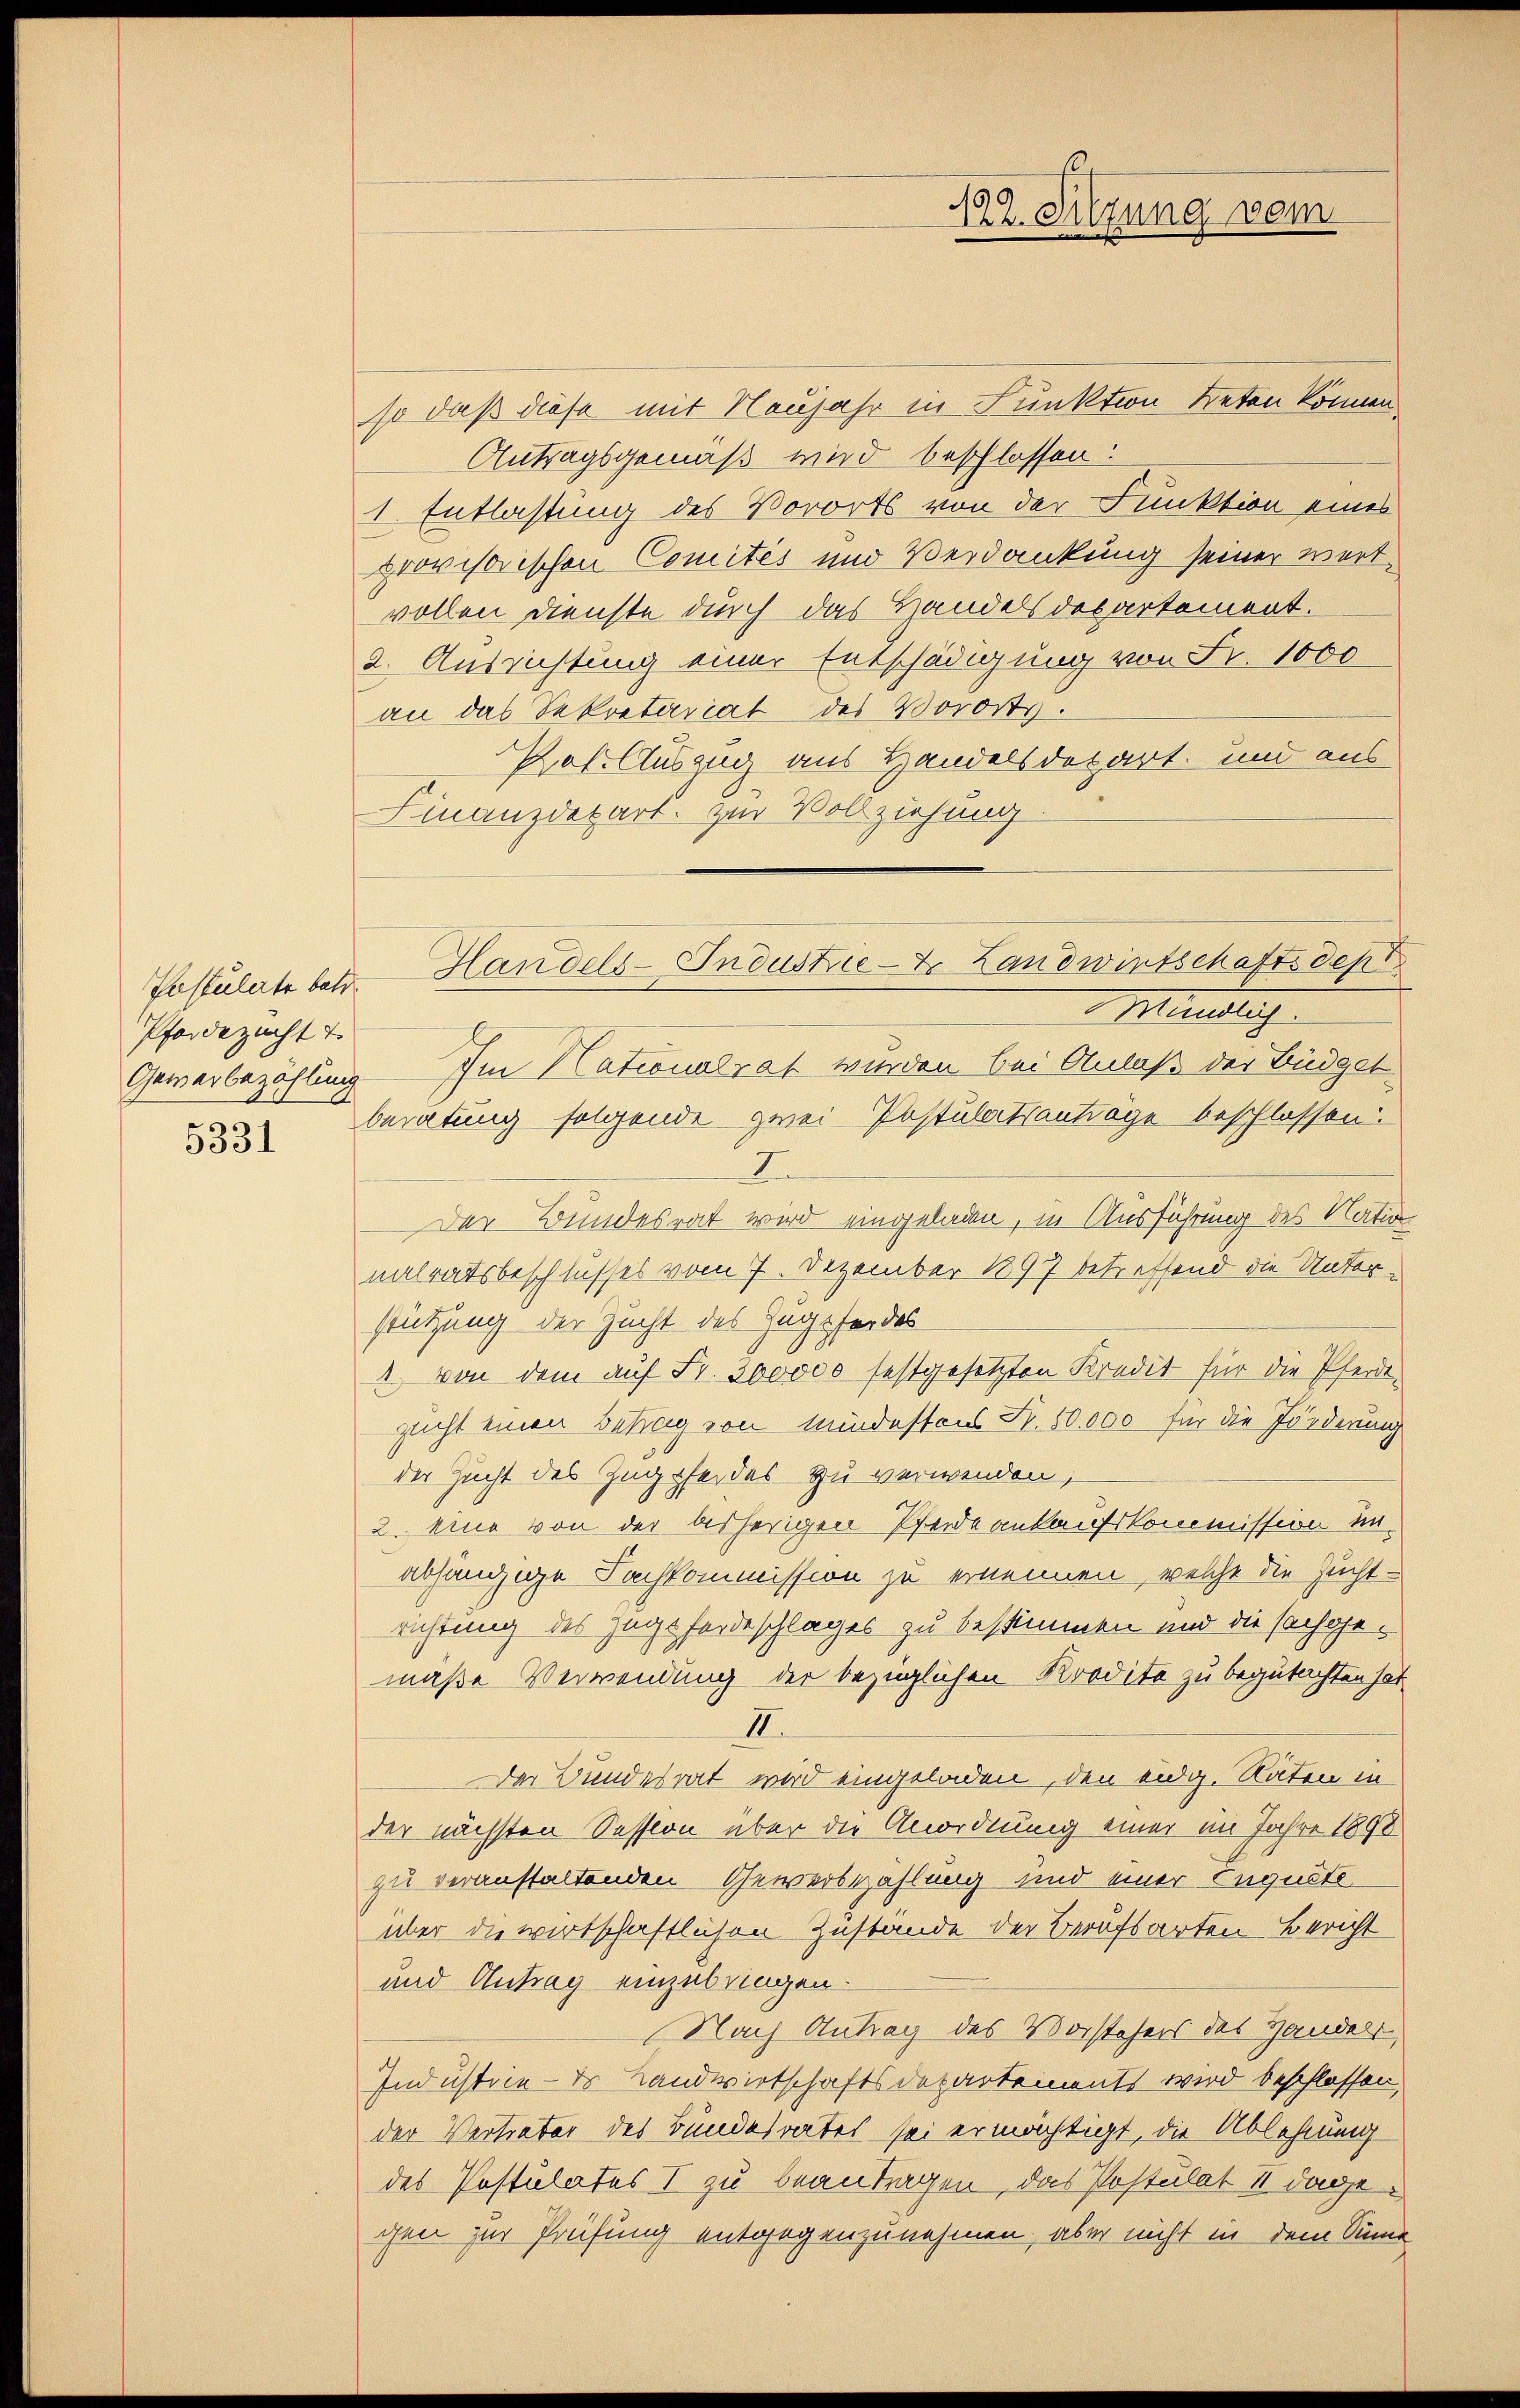
Postulate betr.
Pferdezucht
Gewerbezahlung

5331

so daß diese mit Neujahr in Funktion treten können
Antragsgemäß wird beschlossen:
1. Entlastung des Vororts von der Funktion eines
provisorischen Comités und Verdankung seiner wert-
vollen Dienste durch das Handels desartement.
2. Ausrichtung einer Entschädigung von Sr. 1000
an das Sekretariat des Vororts¬
Pof. Auszug aus Handelsdepart, und aus
Finanzdepart. Zur Vollziehung
Im Nationalrat wurden bei Anlaß der Büdget
beratung folgende zwei Postulatsantrage beschlossen.
I
Der Bundesrat wird eingeladen, in Ausführung des Nation
nalratsbeschlusses vom 7. Dezember 1897 betreffend die Unterstützung der Zucht des Zugsfordes
1 von dem auf Fr. 300000 festgesetzten Kredit für die Pferdezucht einen Betrag von mindestens Fr. 10,000 für die Förderung
der Zucht des Zugehendes zu verwenden;
2. eine von der bisherigen Pferde ankaufskommission unabhängige Sachkommission zu ernennen, welche die Zuchtrichtung des Zugsfordeschlages zu bestimmen und die sachgemaße Verwendung der bezüglichen Kredite zu begutachten hat
II.
Der Bundesrat wird eingeladen, den eidg. Raten in
der nächsten Session über die Anordnung einer im Jahre 1898
zu veranstaltenden Gewerbezahlung und einer Euguete
über die wirtschaftlichen Zustande der Berufsarten Bericht
und Antrag einzubringen.
Nach Antrag des Vorstehers des Handels-
Industrie - des Landwirtschaftsdepartements wird beschlossen,
der Vertrater des Bundesrates sei ermächtigt, die Ablehnung
des Postulates I zu beantragen, das Postulat II dagegen zur Prüfung entgegenzunehmen, aber nicht in dem Sinne

122. Sitzung vom

Handels-Industrie- & Landwirtschaftsdept
Mündlich